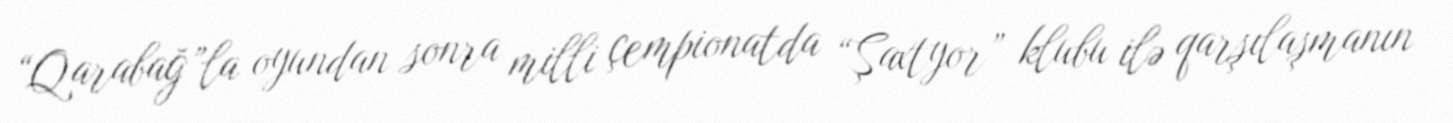
“Qarabağ”la oyundan sonra milli çempionatda “Şaxtyor” klubu ilə qarşılaşmanın